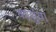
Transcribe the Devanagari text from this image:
कासुंवा